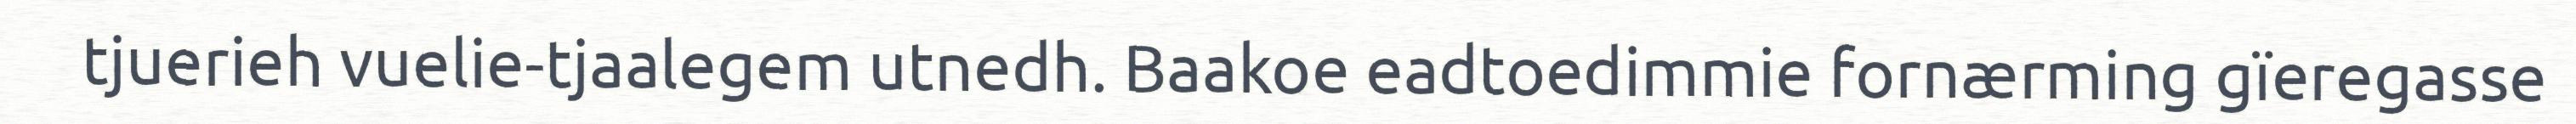
tjuerieh vuelie-tjaalegem utnedh. Baakoe eadtoedimmie fornærming gïeregasse